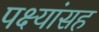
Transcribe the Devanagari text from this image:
पक्ष्यांसह